Vaccination North-Western Provinces and Oudh 1896-1901 - 1896-1901
Year: 1896
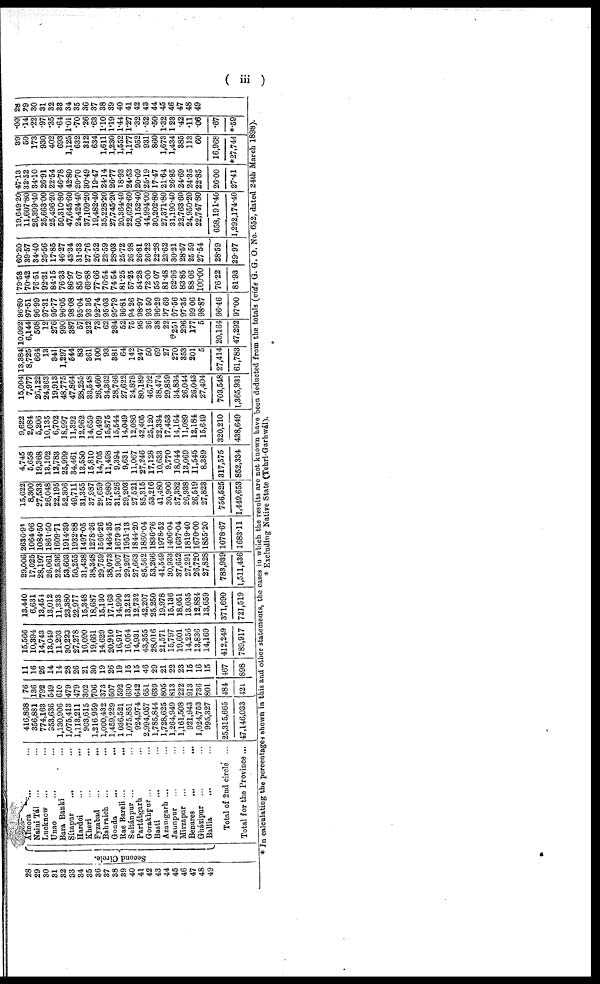
( iii )
28
29
30
31
32
33
34
35
36
37
38
39
40
41
42
43
44
45
46
47
48
49
Second Circle.
Almora ... ...
Naini Tál ... ...
Lucknow ... ...
Unao ... ...
Bara Banki ...
Sítapur
... ...
Hardoi ... ...
Kheri ... ...
Fyzabad ... ...
Bahraich ... ...
Gonda
...
...
Rae Bareli ... ...
Sultánpur ... ...
Partábgarh ...
Gorakhpur ... ...
Basti ... ...
Azamgarh ... ...
Jaunpur ... ...
Mirzapur ... ...
Benares
...
...
Gházipur ... ...
Ballia ... ...
Total of 2nd circle ...
Total for the Province ...
416,868
356,881
774,163
953,636
1,130,906
1,075,413
1,113,211
903,615
1,216,959
1,000,432
1,459,229
1,036,521
1,075,851
924,974
2,994,057
1,785,844
1,728,625
1,264,949
1,161,508
921,943
1,024,753
995,327
25,315,665
47,146,033
76
136
792
549
610
479
479
302
706
373
507
592
630
642
651
639
805
813
222
913
736
801
484
421
11
16
26
14
14
28
26
21
30
19
26
19
15
15
46
29
21
22
23
15
16
15
467
898
15,566
10,394
14,743
13,049
11,203
30,223
27,278
16,090
19,661
14,629
20,910
16,917
16,054
14,931
43,355
28,016
21,571
15,797
19,601
14,256
13,836
14,169
412,249
789,917
13,440
6,631
13,454
13,012
11,333
23,380
22,977
15,348
18,687
15,130
17,163
14,990
13,213
12,732
42,207
25,250
19,978
15,136
18,051
13,035
12,884
13,659
371,690
721,519
29,006
17,025
28,197
26,061
22,536
53,603
50,255
31,438
38,348
29,759
38,073
31,907
29,267
27,663
85,562
53,266
41,549
30,933
37,652
27,291
26,720
27,828
783,939
1,511,436
2636.91
1064.06
1084.50
1861.50
1609.71
1914.39
1932.88
1497.05
1278.26
1566.26
1464.35
1679.31
1951.13
1844.20
1860.04
1836.76
1978.52
1406.04
1637.04
1819.40
1670.00
1855.20
1678.67
1683.11
15,622
8,300
27,533
26,048
22,195
52,306
49,711
31,355
37,987
29,659
37,980
31,526
29,203
27,521
85,315
53,216
41,480
30,906
37,382
26,938
26,519
27,823
756,525
1,449,653
4,745
5,658
19,368
13,102
12,783
25,999
34,461
13,530
15,810
14,705
11,498
9,394
9,631
11,067
27,246
17,128
10,633
9,770
18,044
13,069
11,545
8,389
317,575
852,334
9,622
2,084
5,206
10,135
6,702
18,997
11,392
12,962
14,659
10,499
15,875
15,544
14,049
12,086
42,405
25,120
22,334
17,453
14,164
11,089
12,184
15,649
320,210
438,649
15,004
7,977
26,122
24,363
19,913
48,775
47,864
28,255
33,548
26,460
34,362
28,766
27,622
24,878
80,189
46,792
38,474
29,859
34,834
26,044
26,043
27,404
703,548
1,365,931
13,384
8,725
664
13
341
1,297
544
83
361
100
93
381
64
142
247
50
69
27
270
353
201
5
27,414
61,783
10,092
6,144
508
12
276
990
387
57
232
73
62
284
52
75
95
36
38
22
251
296
177
5
20,164
47,292
96.80
97.51
96.99
97.31
95.77
96.05
98.08
95.04
93.36
92.74
95.03
95.79
96.81
94.26
98.97
93.50
96.29
97.69
97.56
97.35
99.06
98.87
96.46
97.00
79.58
70.42
76.51
92.31
84.15
76.33
86.97
85.07
69.88
77.66
76.54
74.54
81.25
57.25
54.28
72.00
55.07
81.48
92.96
83.85
88.06
100.00
76.22
81.93
60.20
39.57
34.40
25.56
17.85
46.27
43.34
31.33
27.76
26.52
23.59
28.03
25.72
26.98
26.81
26.22
22.28
23.62
30.21
28.57
25.59
27.54
28.59
29.97
19,649.20
11,607.80
26,399.40
25,663.00
25,496.20
50,310.80
47,645.60
24,424.40
37,109.20
19,482.40
35,228.20
27,745.20
20,364.40
22,692.60
60,152.40
44,994.00
30,202.80
27,371.80
31,190.40
22,763.60
24,950.20
22,747.80
658,191.40
1,292,174.40
47.13
32.52
34.10
26.91
22.54
46.78
42.80
20.70
30.49
19.47
24.14
26.77
18.93
24.53
20.09
25.19
17.47
21.64
26.85
24.69
24.35
22.85
26.00
27.41
39
50
173
930
402
693
1,125
632
312
634
1,611
1,230
1,552
1,177
952
931
860
1,673
1,434
385
113
60
16,968
*27,744
.09
.14
.22
.97
.35
.64
1.01
.70
.26
.63
1.10
1.19
1.44
1.27
.32
.52
.50
1.32
123
.42
.11
.06
.67
*.59
28
29
30
31
32
33
34
35
36
37
38
39
40
41
42
43
44
45
46
47
48
49
* In calculating the percentages shown in this and other statements, the cases in which the results are not known have been deducted from the totals (vide G. G. O. No. 652, dated 24th March 1898).
* Excluding Native State (Tehri-Garhwál).